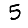
Digit: 5